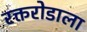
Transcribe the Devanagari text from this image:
रक्तरोडाला